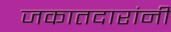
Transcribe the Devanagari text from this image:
जकातदारांनी